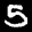
Label: 5